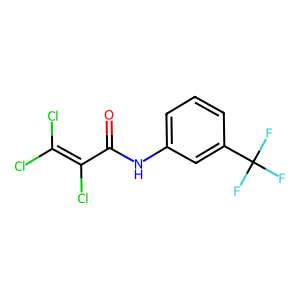
SMILES: O=C(Nc1cccc(C(F)(F)F)c1)C(Cl)=C(Cl)Cl
Inhibits HIV replication: No